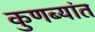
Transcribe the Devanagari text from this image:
कुणब्यांत